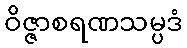
ဝိဇ္ဇာစရဏသမ္ပဒံ